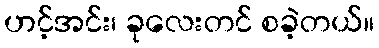
ဟင့်အင်း၊ ခုလေးတင် စခဲ့တယ်။